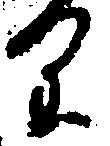
り